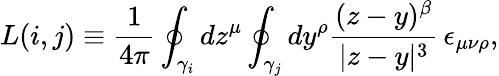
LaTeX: L(i,j)\equiv\frac 1{4\pi}\oint_{\gamma_{i}}dz^{\mu}\oint_{\gamma_{j}}dy^{\rho}\frac{(z-y)^{\beta}}{|z-y|^{3}}\, \epsilon_{\mu\nu\rho},